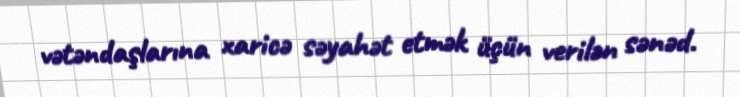
vətəndaşlarına xaricə səyahət etmək üçün verilən sənəd.